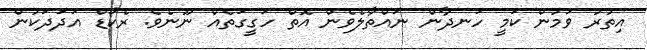
އިތުރު ވަމުން ކަމީ ހަނދާން ނައްތާލެވެން އޮތް ހަގީގަތެއް ނޫނެވެ. ރެކޯޑް އަދަދަކުން